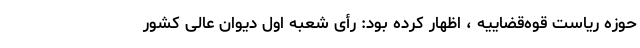
حوزه ریاست قوه‌قضاییه ، اظهار کرده بود: رأی شعبه اول دیوان عالی کشور